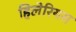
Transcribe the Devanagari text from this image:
हिलेरियस